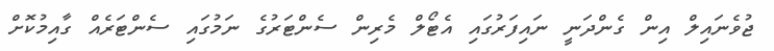
ޖުވެނައިލް އިން ގެންދަނީ ނައިފަރުގައި އެޓޯލް މެރިން ސެންޓަރުގެ ނަމުގައި ސެންޓަރެއް ގާއިމުކޮށް